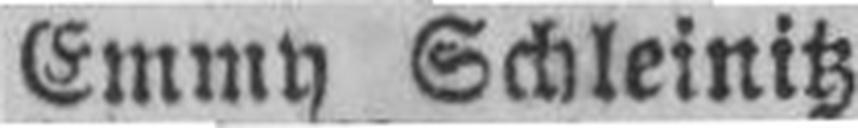
Emmy Schleinitz